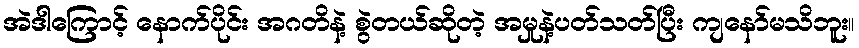
အဲဒါကြောင့် နောက်ပိုင်း အဂတိနဲ့ စွဲတယ်ဆိုတဲ့ အမှုနဲ့ပတ်သတ်ပြီး ကျနော်မသိဘူး။